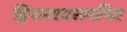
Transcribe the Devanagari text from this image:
द्विपारश्वसममित